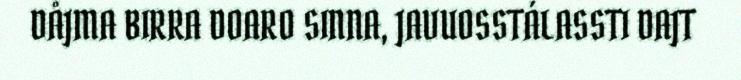
DÅJMA BIRRA DOARO SINNA, JAVUOSSTÁLASSTI DAJT